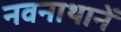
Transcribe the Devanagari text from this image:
नवनाथानें